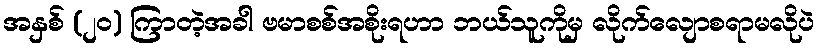
အနှစ် (၂၀) ကြာတဲ့အခါ ဗမာစစ်အစိုးရဟာ ဘယ်သူကိုမှ လိုက်လျောစရာမလိုပဲ